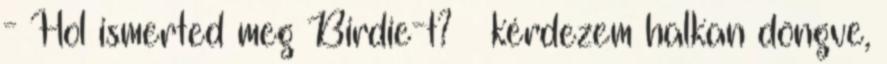
- Hol ismerted meg Birdie-t? – kérdezem halkan döngve,